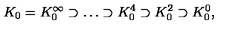
K _ { 0 } = K _ { 0 } ^ { \infty } \supset \ldots \supset K _ { 0 } ^ { 4 } \supset K _ { 0 } ^ { 2 } \supset K _ { 0 } ^ { 0 } ,